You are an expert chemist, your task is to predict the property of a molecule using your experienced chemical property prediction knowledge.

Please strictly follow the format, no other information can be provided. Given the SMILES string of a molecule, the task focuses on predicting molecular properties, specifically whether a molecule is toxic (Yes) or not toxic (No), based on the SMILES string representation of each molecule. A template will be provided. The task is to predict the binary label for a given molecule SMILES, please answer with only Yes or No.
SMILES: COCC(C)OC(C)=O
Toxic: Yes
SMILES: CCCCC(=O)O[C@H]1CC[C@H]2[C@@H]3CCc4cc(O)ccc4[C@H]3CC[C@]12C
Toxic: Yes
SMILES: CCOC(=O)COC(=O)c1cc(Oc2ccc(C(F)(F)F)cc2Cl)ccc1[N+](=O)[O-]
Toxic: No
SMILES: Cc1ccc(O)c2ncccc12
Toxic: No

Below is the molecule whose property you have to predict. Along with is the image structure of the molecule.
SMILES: CC[C@H](NC(C)C)[C@H](O)c1ccc(O)c2[nH]c(=O)ccc12
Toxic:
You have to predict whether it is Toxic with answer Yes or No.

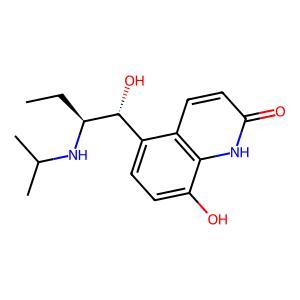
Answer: No